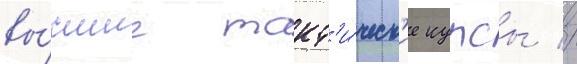
вы́сшие такт'и́ческ'ие курсы //